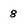
Character: 8